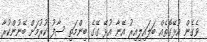
ވެގެން އުޅޭގޮތެއް ބަލައިލިއިރު އޭނާ އުޅޭ ގޭގެ ބިންމަތި ސާފު ކުރުމަށް ބޭނުންކުރާ